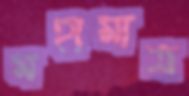
মহামাত্র